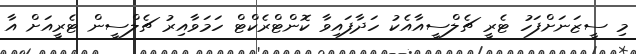
މި ސީޒަނަށްފަހު ޓެރީ ޗެލްސީއާއެކު ހަދާފައިވާ ކޮންޓްރެކްޓް ހަމަވާއިރު ޗެލްސީން ޓެރީއަށް އާ